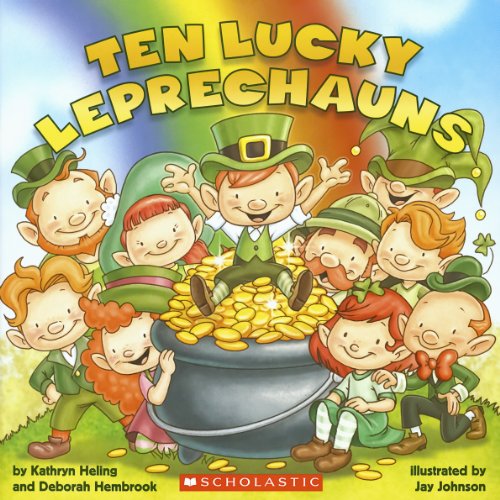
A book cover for Ten Lucky Leprechauns; Kathryn Heling; Children's Books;